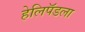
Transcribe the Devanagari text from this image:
हेलिपॅडला